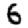
Digit: 6